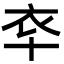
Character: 䘚